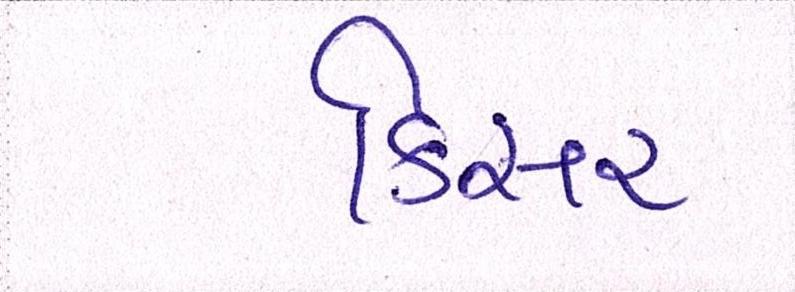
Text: કિસર